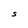
Character: S